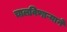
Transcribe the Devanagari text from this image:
चालविणाऱ्याने